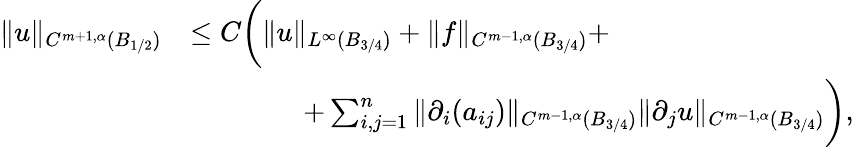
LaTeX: \begin{array}{rl}{\| u\| _{C^{m+1,\alpha}(B_{1/2})}}&{\le C\bigg(\| u\| _{L^{\infty}(B_{3/4})}+\| f\| _{C^{m-1,\alpha}(B_{3/4})}+}\\ &{\qquad\qquad+\sum_{i,j=1}^{n}\| \partial_{i}(a_{ij})\| _{C^{m-1,\alpha}(B_{3/4})}\| \partial_{j}u\| _{C^{m-1,\alpha}(B_{3/4})}\bigg),}\end{array}